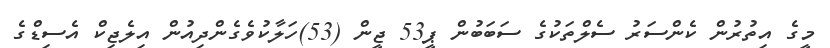
މީގެ އިތުރުން ކެންސަރު ސެލްތަކުގެ ސަބަބުން ޕީ53 ޖީން (53)ހަލާކުވެގެންދިއުން އިލެޖިކް އެސިޑްގެ